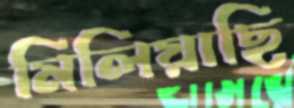
মিলিয়াছি